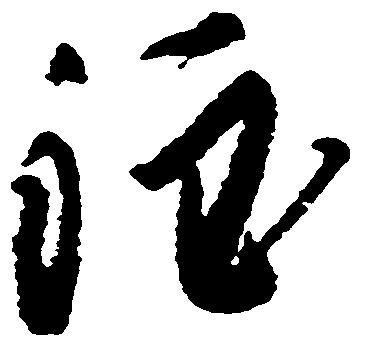
程